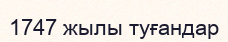
1747 жылы туғандар